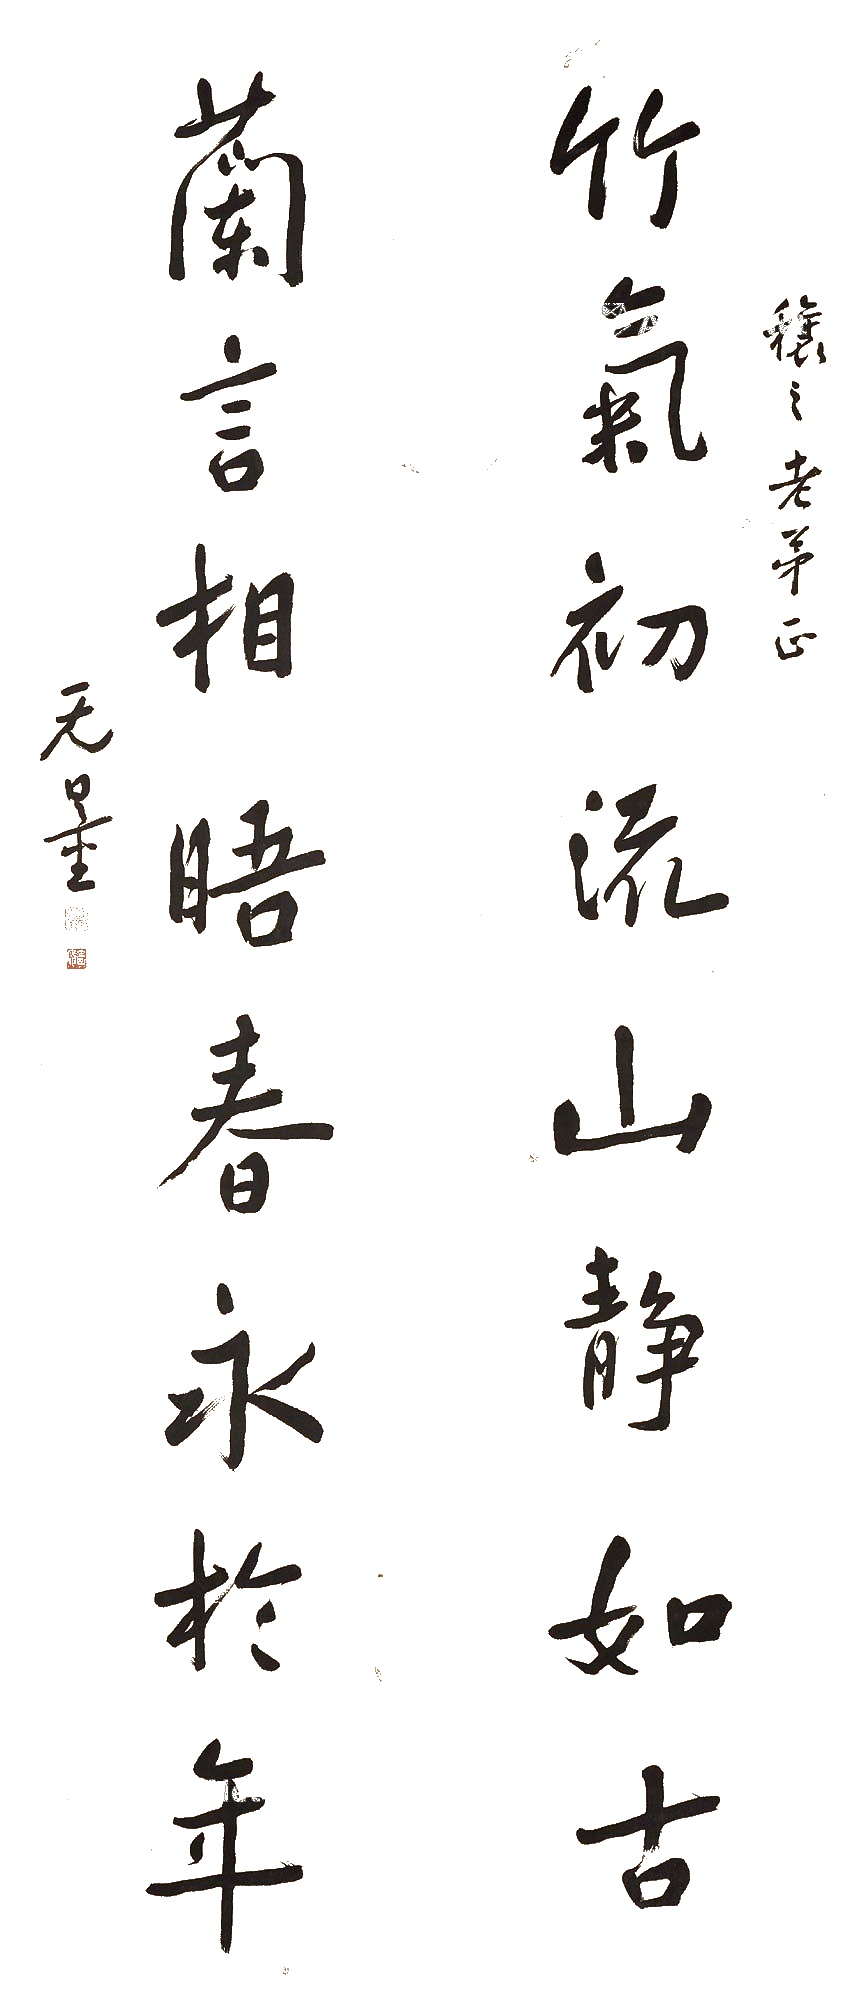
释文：竹气初流，山静如古；兰言相晤，春永于年。穰之老弟正，无量。